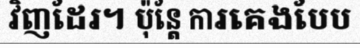
វិញដែរ។ ប៉ុន្តែ ការគេងបែប